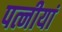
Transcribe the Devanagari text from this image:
पत्नीयां